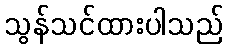
သွန်သင်ထားပါသည်